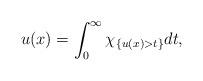
LaTeX: \begin{align*}u(x)=\int_0^{\infty}\chi_{\left\{ u(x)>t\right\}}dt,\end{align*}